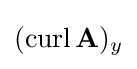
(\operatorname {curl} \mathbf {A} )_{y}